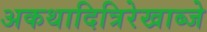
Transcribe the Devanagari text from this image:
अकथादित्रिरेखाब्जे